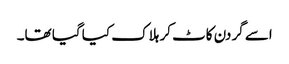
اسے گردن کاٹ کر ہلاک کیا گیا تھا۔